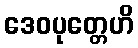
ဒေဝပုတ္တေဟိ